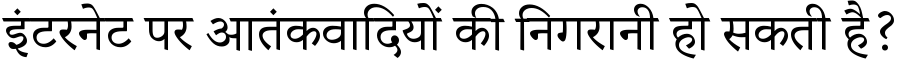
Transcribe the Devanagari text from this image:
इंटरनेट पर आतंकवादियों की निगरानी हो सकती है?